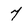
Character: 7